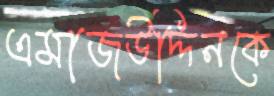
এমাজউদ্দিনকে